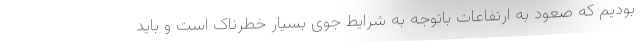
بودیم که صعود به ارتفاعات باتوجه به شرایط جوی بسیار خطرناک است و باید